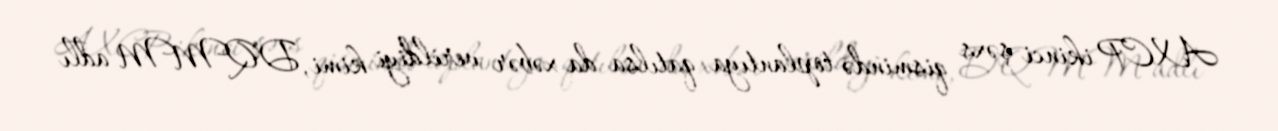
AXCP ikinci şəxs qismində toplantıya qatılsa da xəbər verildiyi kimi, DQMM adlı